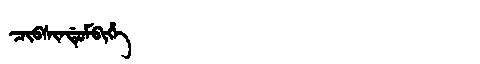
Manchu: ᠴᡳᠪᠰᡳᠨᡩᡠᠮᠪᡳᡥᡝ
Romanization: CIBSINDUMBIHE